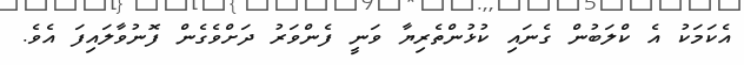
އެކަމަކު އެ ކްލަބުން ގެނައި ކުޅުންތެރިޔާ ވަނީ ފެންވަރު ދަށްވެގެން ފޮނުވާލައިފަ އެވެ.